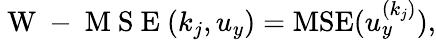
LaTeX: \mathrm{~W~-~M~S~E~}(k_{j},u_{y})=\mathrm{MSE}(u_{y}^{(k_{j})}),